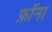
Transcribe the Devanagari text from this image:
फ़ॉना